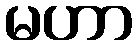
မဟာ